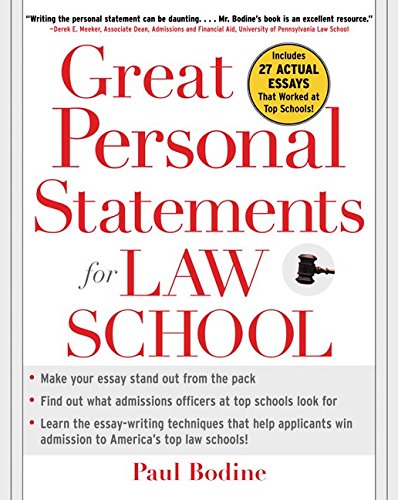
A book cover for Great Personal Statements for Law School; Paul Bodine; Education & Teaching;